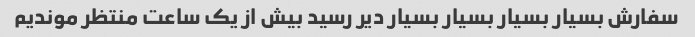
سفارش بسیار بسیار بسیار بسیار دیر رسید بیش از یک ساعت منتظر موندیم